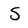
Character: S